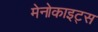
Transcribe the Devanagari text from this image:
मेनोकाइट्स